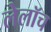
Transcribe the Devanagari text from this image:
लेलॉच